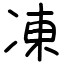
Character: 凍